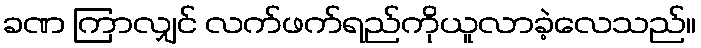
ခဏ ကြာလျှင် လက်ဖက်ရည်ကိုယူလာခဲ့လေသည်။